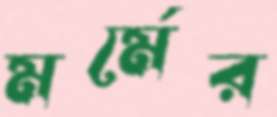
মর্মের